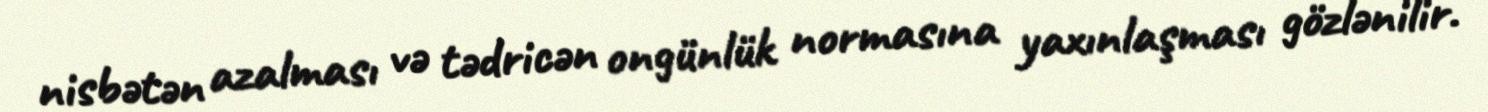
nisbətən azalması və tədricən ongünlük normasına yaxınlaşması gözlənilir.